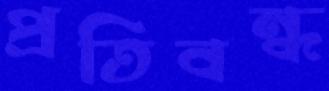
প্রতিবন্ধ